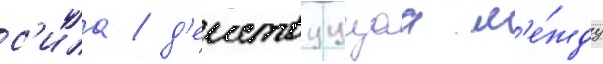
с'ила / д'еиствуущаа м'е́жду